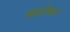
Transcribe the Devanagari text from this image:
खळेकर